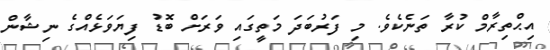
އިޙްތިރާމް ކުރާ ތަނެކެވެ. މި ފަރުބަދަ މަތީގައި ވަރަށް ބޮޑު ފިޔަވަޅެއްގެ ނިޝާން